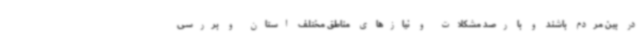
در بین مردم باشند و با رصد مشکلات و نیازهای مناطق مختلف استان و بررسی